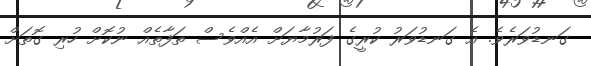
ގަނޑުވަރެވެ. އެ ގަނޑުވަރު ކުރީގެ ފަރުމާޔަށް އެއްވެސް ތަފާތެއް ނުކޮށް ހުރި ގޮތަށް